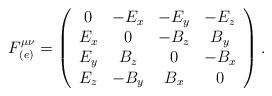
LaTeX: \begin{align*}F_{(e)}^{\mu \nu } = \left(\begin{array}{cccc}0 & -E_x & -E_y & -E_z \\E_x & 0 & -B_z & B_y \\E_y & B_z & 0 & -B_x \\E_z & -B_y & B_x & 0\end{array}\right).\end{align*}